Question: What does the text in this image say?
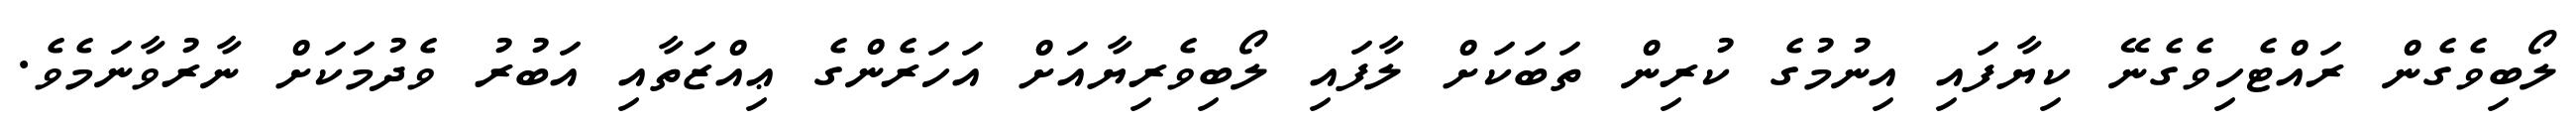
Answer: ލޯބިވެގެން ރައްޓެހިވެގެނޭ ކިޔާފައި އިނުމުގެ ކުރިން ތަބަކަށް ލާފައި ލޯބިވެރިޔާއަށް އަހަރެންގެ ޢިއްޒަތާއި އަބުރު ވެދުމަކަށް ނާރުވާނަމެވެ.